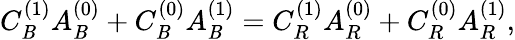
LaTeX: C_{\mathit{B}}^{(1)}A_{\mathit{B}}^{(0)}+C_{\mathit{B}}^{(0)}A_{\mathit{B}}^{(1)}=C_{R}^{(1)}A_{R}^{(0)}+C_{R}^{(0)}A_{R}^{(1)},